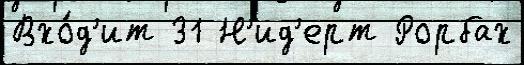
Вхо́д'ит 31 Н'ид'ерт Рорбах